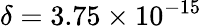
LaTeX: \delta=3.75\times 10^{-15}